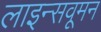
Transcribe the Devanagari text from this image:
लाइन्सवूमन